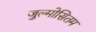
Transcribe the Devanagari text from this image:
जुल्मोसितम